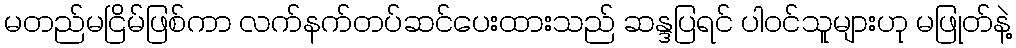
မတည်မငြိမ်ဖြစ်ကာ လက်နက်တပ်ဆင်ပေးထားသည် ဆန္ဒပြရင် ပါဝင်သူများဟု မဖြုတ်နဲ့